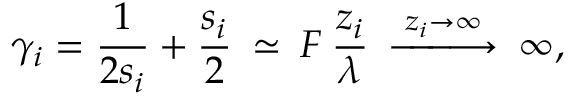
\gamma _ { i } = \frac { 1 } { 2 s _ { i } } + \frac { s _ { i } } 2 \: \simeq \: F \: \frac { z _ { i } } { \lambda } \: \stackrel { z _ { i } \to \infty } { - \! \! \! - \! \! \! - \! \! \! \longrightarrow } \: \infty ,